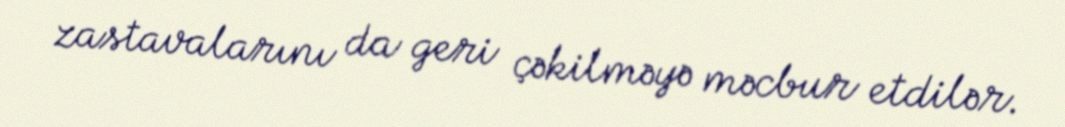
zastavalarını da geri çəkilməyə məcbur etdilər.